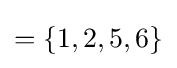
{\textstyle =\lbrace 1,2,5,6\rbrace }